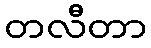
တလီတာ